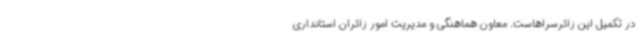
در تکمیل این زائرسراهاست. معاون هماهنگی و مدیریت امور زائران استانداری